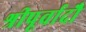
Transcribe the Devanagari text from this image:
श्रीपूर्वादौ